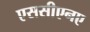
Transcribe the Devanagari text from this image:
एससीएनए